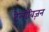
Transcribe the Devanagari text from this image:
टेलीवि़ज़न